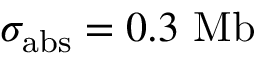
\sigma _ { \mathrm { a b s } } = 0 . 3 ~ \mathrm { M b }